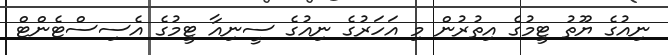
ނިއުގެ ޔޫތު ޓީމުގެ އިތުރުން މި އަހަރުގެ ނިއުގެ ސީނިއާ ޓީމުގެ އެސިސްޓެންޓް